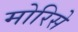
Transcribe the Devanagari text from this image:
मोरिसे